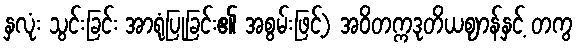
နှလုံး သွင်းခြင်း အာရုံပြုခြင်း၏ အစွမ်းဖြင့်) အဝိတက္ကဒုတိယဈာန်နှင့် တကွ